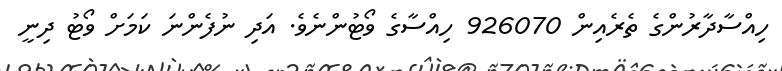
ހިއްސާދާރުންގެ ތެރެއިން 926070 ހިއްސާގެ ވޯޓުންނެވެ. އަދި ނުފެންނަ ކަމަށް ވޯޓު ދިނީ